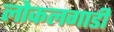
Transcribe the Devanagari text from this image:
लोकलगाडी